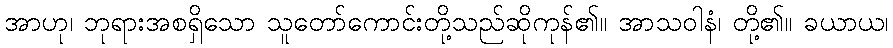
အာဟု၊ ဘုရားအစရှိသော သူတော်ကောင်းတို့သည်ဆိုကုန်၏။ အာသဝါနံ၊ တို့၏။ ခယာယ၊